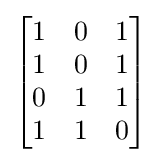
{\begin{bmatrix}1&0&1\\1&0&1\\0&1&1\\1&1&0\end{bmatrix}}